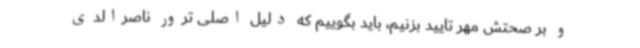
و بر صحتش مهر تایید بزنیم، باید بگوییم که دلیل اصلی ترور ناصرالدی